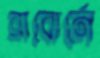
ব্রাবোর্নে